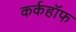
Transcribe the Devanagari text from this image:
कर्कहॉफ